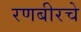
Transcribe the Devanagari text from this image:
रणबीरचे